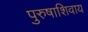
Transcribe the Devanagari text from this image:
पुरुषाशिवाय